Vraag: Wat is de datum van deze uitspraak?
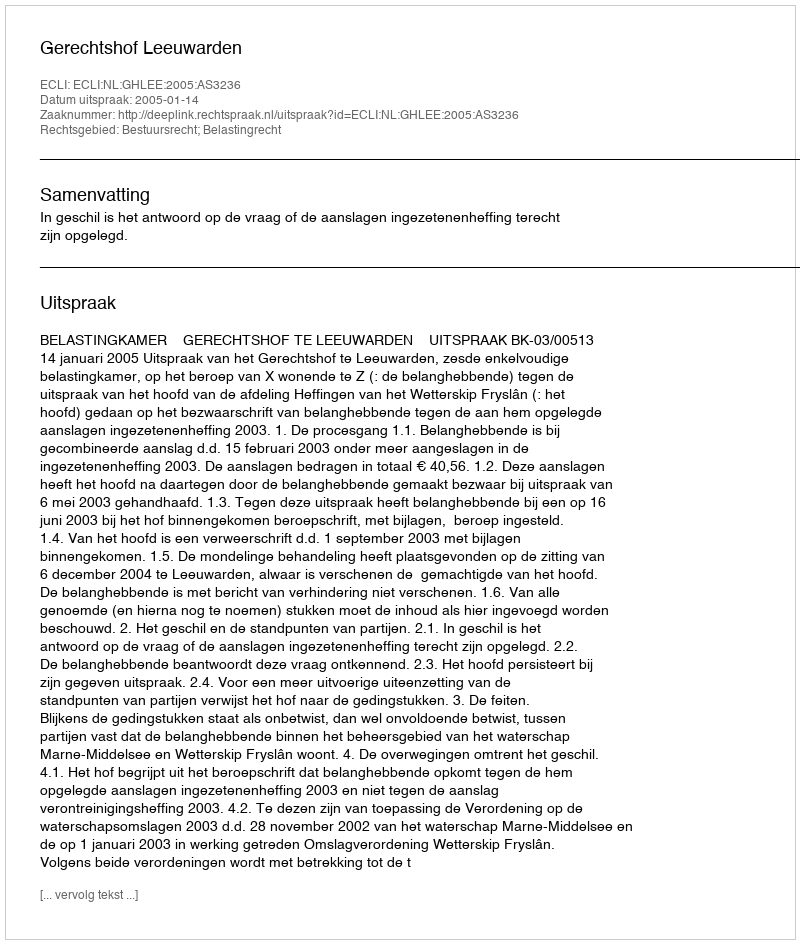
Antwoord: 2005-01-14